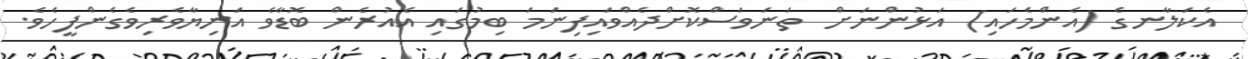
އެކަލާނގެ (އެންމެހައި) އަޅުންނަށް  ތަނަވަސްކޮށްދެއްވައިފިނަމަ ބިމުގައި އެއުރެން ބޮޑާވެ އަނިޔާވެރިވެގެންފީހެވެ.